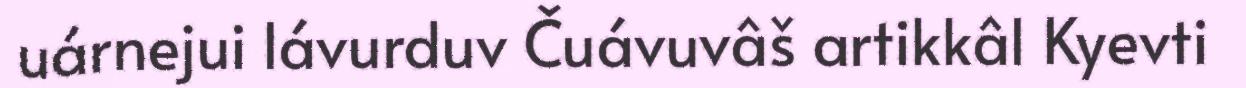
uárnejui lávurduv Čuávuvâš artikkâl Kyevti